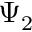
\Psi _ { 2 }